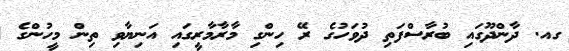
ގއ. ދާންދޫގައި ބުރާސްފަތި ދުވަހުގެ ރޭ ހިންގި މާރާމާރީގައި އަނިޔާވި ތިން މީހުންގެ